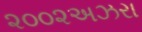
૨૦૦૨અઝરા